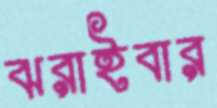
ঝরাইবার